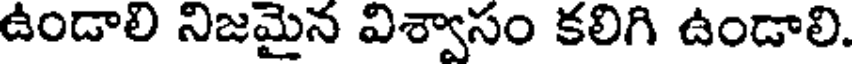
ఉండాలి నిజమైన విశ్వాసం కలిగి ఉండాలి.